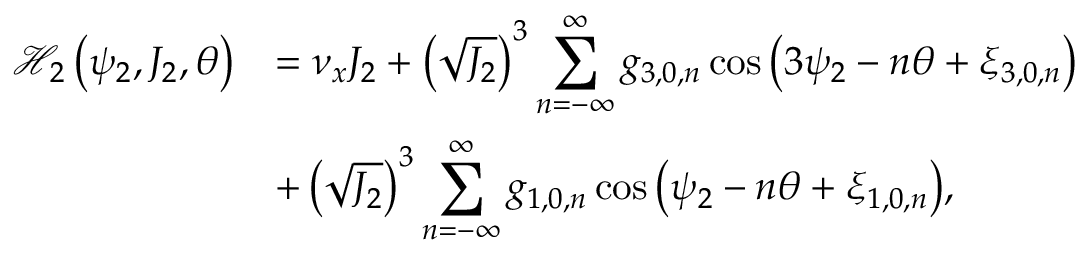
\begin{array} { c l } { \displaystyle \mathcal { H } _ { 2 } \left( \psi _ { 2 } , J _ { 2 } , \theta \right) } & { = \displaystyle \nu _ { x } J _ { 2 } + \left( \sqrt { J _ { 2 } } \right) ^ { 3 } \sum _ { n = - \infty } ^ { \infty } { g _ { 3 , 0 , n } \cos { \left( 3 \psi _ { 2 } - n \theta + \xi _ { 3 , 0 , n } \right) } } } \\ & { \displaystyle + \left( \sqrt { J _ { 2 } } \right) ^ { 3 } \sum _ { n = - \infty } ^ { \infty } { g _ { 1 , 0 , n } \cos { \left( \psi _ { 2 } - n \theta + \xi _ { 1 , 0 , n } \right) } } , } \end{array}